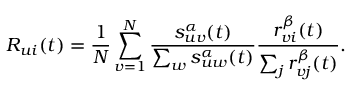
R _ { u i } ( t ) = \frac { 1 } { N } \sum _ { v = 1 } ^ { N } \frac { s _ { u v } ^ { \alpha } ( t ) } { \sum _ { w } s _ { u w } ^ { \alpha } ( t ) } \frac { r _ { v i } ^ { \beta } ( t ) } { \sum _ { j } r _ { v j } ^ { \beta } ( t ) } .